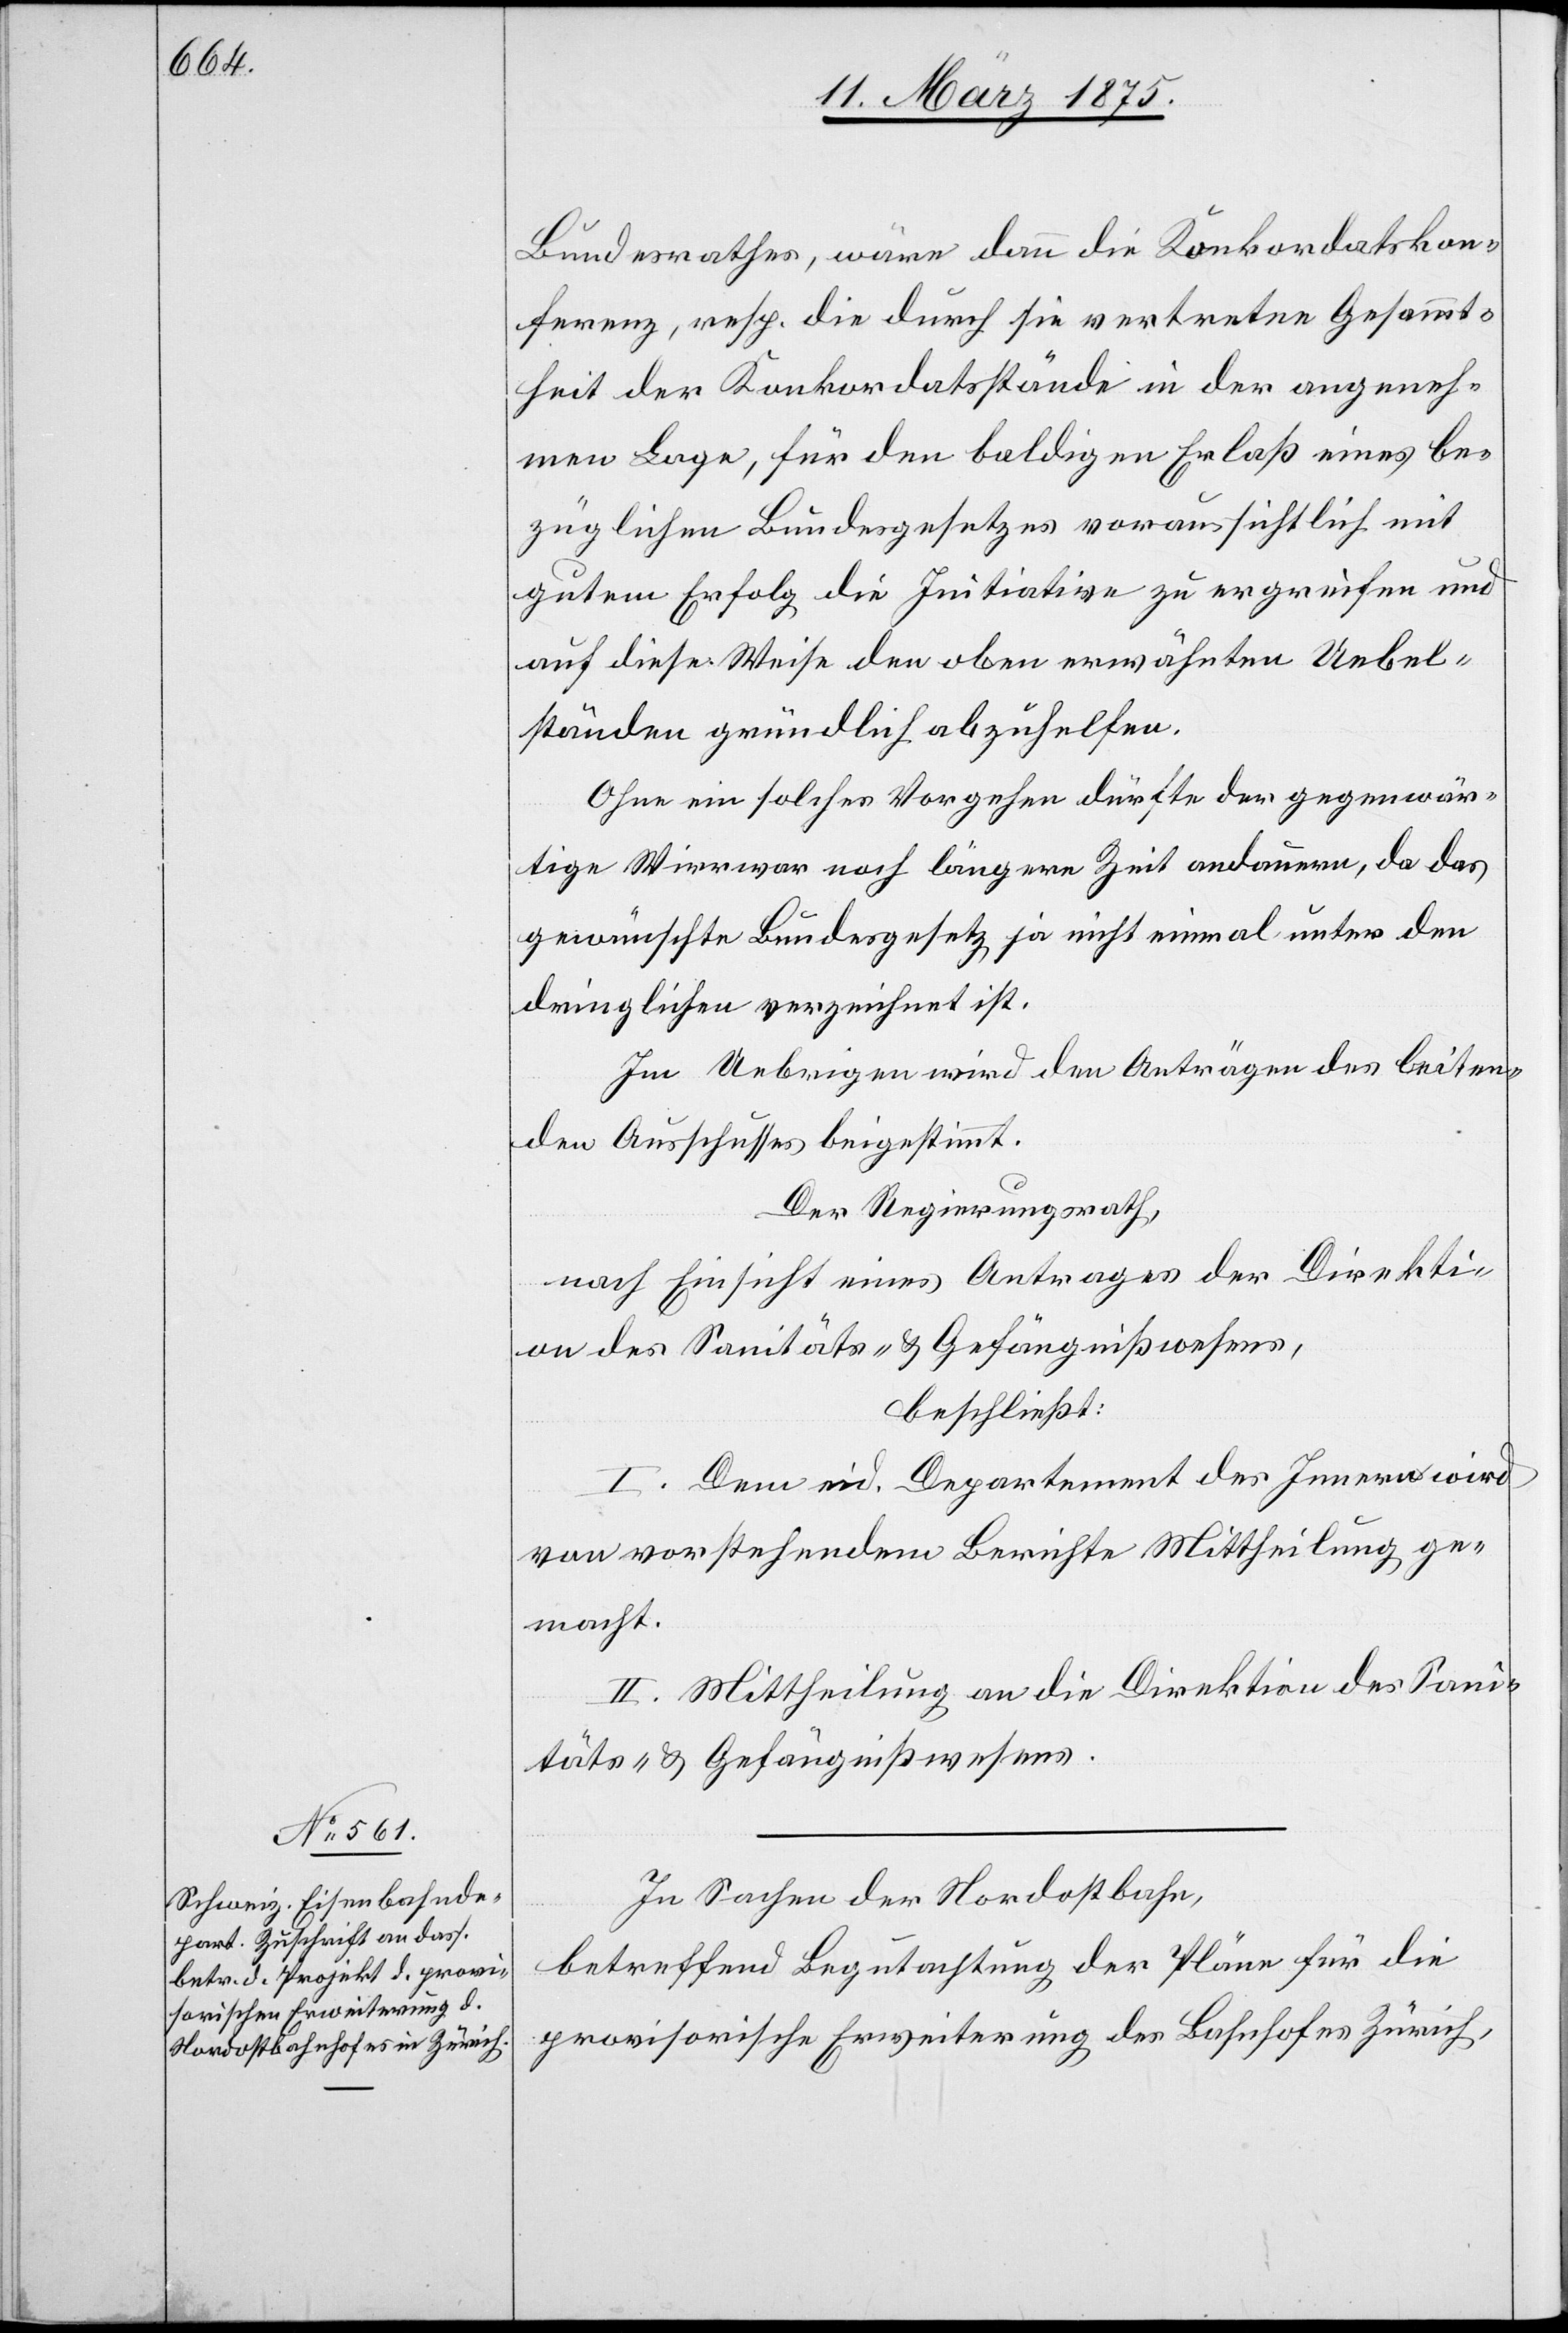
Bundesrathes, wäre dann die Konkordatskon¬
ferenz, resp. die durch sie vertretne Gesammt¬
heit der Konkordatsstände in der angeneh¬
men Lage, für den baldigen Erlaß eines be¬
züglichen Bundesgesetzes voraussichtlich mit
gutem Erfolg die Initiative zu ergreifen und
auf diese Weise den oben erwähnten Uebel¬
ständen gründlich abzuhelfen.
Ohne ein solches Vorgehen dürfte der gegenwär¬
tige Wirrwar noch längere Zeit andauern, da das
gewünschte Bundesgesetz ja nicht einmal unter den
dringlichen verzeichnet ist.
Im Uebrigen wird den Anträgen des leiten¬
den Ausschusses beigestimmt.
Der Regierungsrath,
nach Einsicht eines Antrages der Direkti¬
on des Sanitäts- & Gefängnißwesens,
beschließt:
I. Dem eid. Departement des Innern wird
von vorstehendem Berichte Mittheilung ge¬
macht.
II. Mittheilung an die Direktion des Sani¬
täts- & Gefängnißwesens.
In Sachen der Nordostbahn,
betreffend Begutachtung der Pläne für die
provisorische Erweiterung des Bahnhofes Zürich,